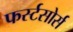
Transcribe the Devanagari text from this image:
फर्स्टसोर्स